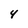
Character: 4